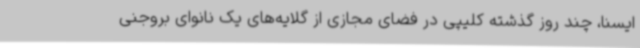
ایسنا، چند روز گذشته کلیپی در فضای مجازی از گلایه‌های یک نانوای بروجنی